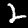
Digit: 2